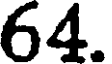
64.